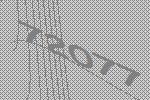
72077